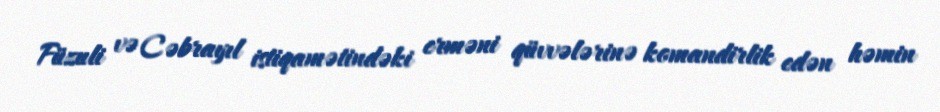
Füzuli və Cəbrayıl istiqamətindəki erməni qüvvələrinə komandirlik edən həmin